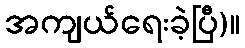
အကျယ်ရေးခဲ့ပြီ)။